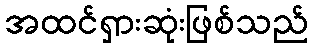
အထင်ရှားဆုံးဖြစ်သည်